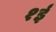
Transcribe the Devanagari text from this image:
१ई